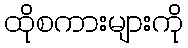
ထိုစကားများကို